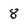
Character: 8